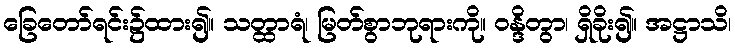
ခြေတော်ရင်း၌ထား၍။ သတ္ထာရံ၊ မြတ်စွာဘုရားကို။ ဝန္ဒိတွာ၊ ရှိခိုး၍။ အဋ္ဌာသိ၊